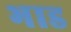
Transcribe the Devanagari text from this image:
भाड